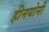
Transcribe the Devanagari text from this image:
हीनयोनी